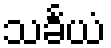
သင်္ခယံ